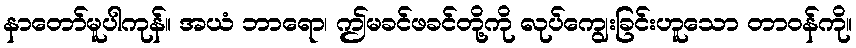
နာတော်မူပါကုန်။ အယံ ဘာရော၊ ဤမခင်ဖခင်တို့ကို လုပ်ကျွေးခြင်းဟူသော တာဝန်ကို။